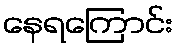
နေရကြောင်း